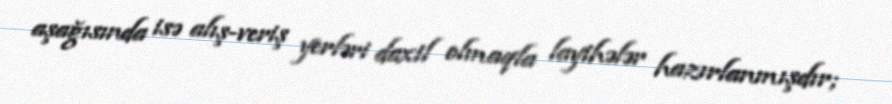
aşağısında isə alış-veriş yerləri daxil olmaqla layihələr hazırlanmışdır;